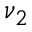
\nu _ { 2 }